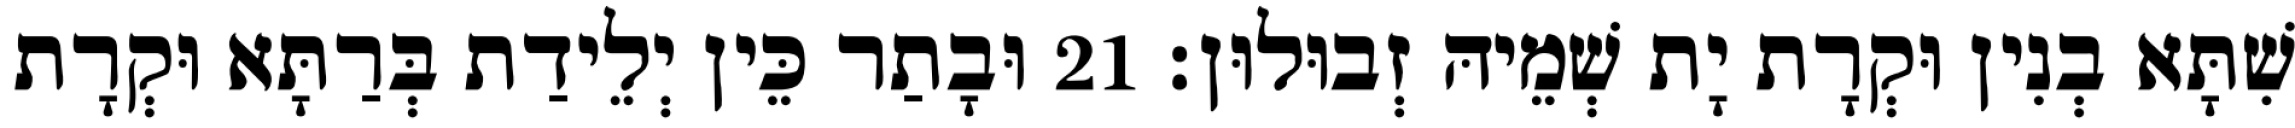
שִׁתָּא בְנִין וּקְרָת יָת שְׁמֵיהּ זְבוּלוּן׃ 21 וּבָתַר כֵּין יְלֵידַת בְּרַתָּא וּקְרָת